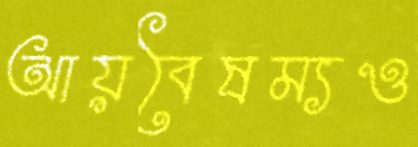
আয়বৈষম্যও